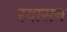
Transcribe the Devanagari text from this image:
रयासन